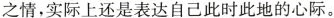
之情，实际上还是表达自己此时此地的心际。